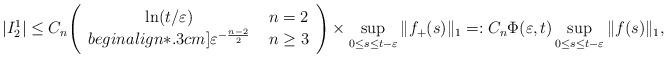
LaTeX: \begin{align*}|I^{1}_{2} | \leq C_{n}\Bigg(\begin{array}{cc}\ln(t/\varepsilon) & \;n=2\\begin{align*}.3cm]\varepsilon^{-\frac{n-2}{2}} & \;n\geq 3\end{array}\Bigg)\times\sup_{0\leq s\leq t-\varepsilon}\|f_{+}(s)\|_{1}=: C_{n}\Phi(\varepsilon,t)\sup_{0\leq s\leq t-\varepsilon}\|f(s)\|_{1},\end{align*}